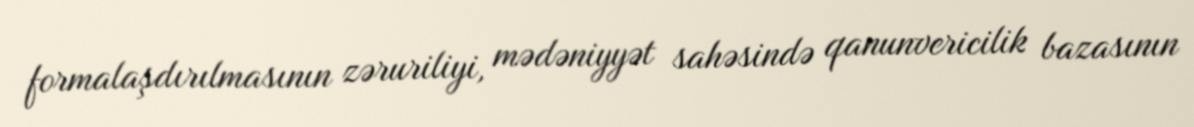
formalaşdırılmasının zəruriliyi, mədəniyyət sahəsində qanunvericilik bazasının